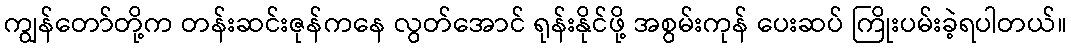
ကျွန်တော်တို့က တန်းဆင်းဇုန်ကနေ လွတ်အောင် ရုန်းနိုင်ဖို့ အစွမ်းကုန် ပေးဆပ် ကြိုးပမ်းခဲ့ရပါတယ်။